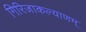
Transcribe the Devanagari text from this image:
गिरिजाकल्याणम्